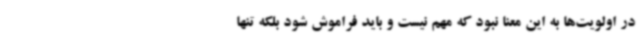
در اولویت‌ها به این معنا نبود که مهم نیست و باید فراموش شود بلکه تنها